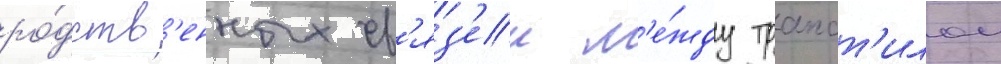
ро́дств'енных св'яз'еи м'е́жду трапст'илои